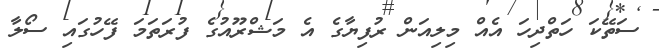
ސަތޭކަ ހަތްދިހަ އެއް މިލިއަން ރުފިޔާގެ އެ މަޝްރޫއުގެ ފުރަތަމަ ފޭހުގައި ސޯލާ